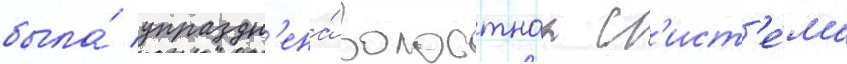
была́ упраздн'ена́ волостнаа с'ист'е́ма